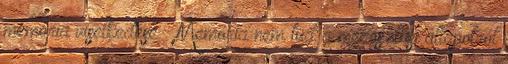
memória viselkedése ● Memória nem tud a megosztási állapotról